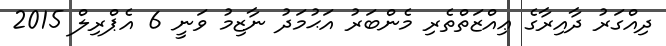
ދިއްގަރު ދާއިރާގެ ޢިއްޒަތްތެރި މެންބަރު އަޙުމަދު ނާޒިމު ވަނީ 6 އެޕްރިލް 2015